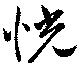
恍